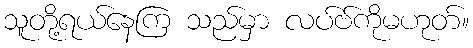
သူတို့ရယ်နေကြ သည်မှာ လပ်ဗ်ကိုမဟုတ်။